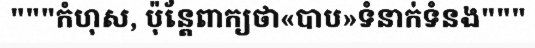
"""កំហុស, ប៉ុន្តែពាក្យថា«បាប»ទំនាក់ទំនង"""